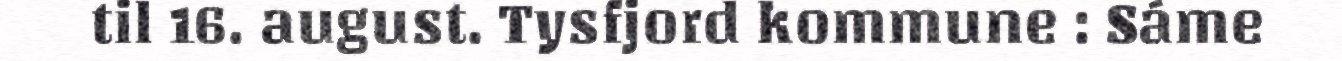
til 16. august. Tysfjord kommune : Sáme